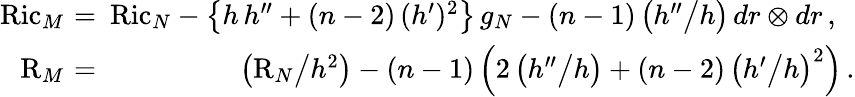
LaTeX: \begin{array}{rlr}{\mathrm{Ric}_{M}\! \! \! \! }&{=}&{\! \! \! \mathrm{Ric}_{N}-\big\{ h\, h^{\prime\prime}+(n-2)\, (h^{\prime})^{2}\big\} \, g_{N}-(n-1)\, \big(h^{\prime\prime}\big/h\big)\, dr\otimes dr\, ,\, \, \, \, }\\ {\mathrm{R}_{M}\! \! \! \! }&{=}&{\! \! \! \big(\mathrm{R}_{N}\big/h^{2}\big)-(n-1)\, \Big(2\, \big(h^{\prime\prime}\big/h\big)+(n-2)\, \big(h^{\prime}\big/h\big)^{2}\Big)\, .}\end{array}